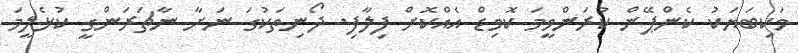
ވަކިބަޔަކު ކެންޕޭން ކުރަންވީމަ ކޮވިޑް އެއްކޮށް ފިލާފި. ދޯނިތަކުގަ ނަށާ ނާޗަރަންގީ ކުޅެލީމަ